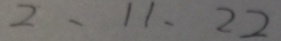
2 、 1 1 、 2